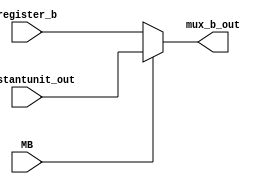
`timescale 1ns / 1ps
//////////////////////////////////////////////////////////////////////////////////
// Company: 
// Engineer: 
// 
// Design Name: 
// Module Name: mux_b
// Project Name: 
// Target Devices: 
// Tool Versions: 
// Description: 
// 
// Dependencies: 
// 
// Revision:
// Revision 0.01 - File Created
// Additional Comments:
// 
//////////////////////////////////////////////////////////////////////////////////


module mux_b(
input MB, // mux a selector lines
input [7:0]constantunit_out,  //pc value from prevous cycle
input [7:0]register_b, //register a value output
output [7:0]mux_b_out  // mux a output value
);
reg [7:0]mux_b;  // register value a out
always@(*)
begin

if (MB)
    mux_b = constantunit_out;
else
    mux_b = register_b;
end
assign mux_b_out = mux_b ;
endmodule